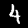
Digit: 4